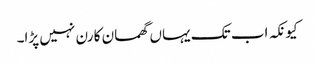
کیونکہ اب تک یہاں گھمسان کا رن نہیں پڑا۔